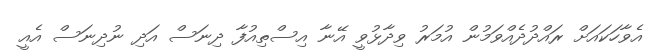
އެވާހަކައަށް ރައްދުދެއްވަމުން އުމަރު ވިދާޅުވީ އޭނާ އިސްތިއުފާ ދިނަސް އަދި ނުދިނަސް އެއީ